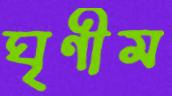
ঘৃণীম